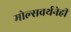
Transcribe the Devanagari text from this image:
मोल्सवर्थनेही